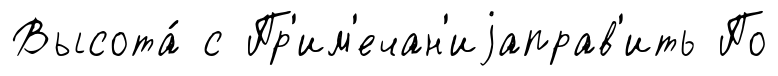
Высота́ с Пр'им'ечан'иjаправ'ить По